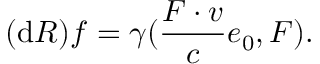
( \mathrm { d } R ) f = \gamma ( \frac { \boldsymbol { F \cdot v } } { c } e _ { 0 } , \boldsymbol { F } ) .